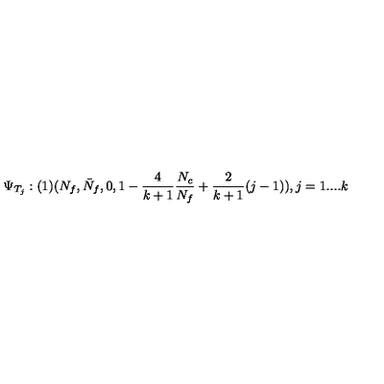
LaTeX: \Psi _ { T _ { j } } : ( 1 ) ( N _ { f } , \bar { N } _ { f } , 0 , 1 - \frac { 4 } { k + 1 } \frac { N _ { c } } { N _ { f } } + \frac { 2 } { k + 1 } ( j - 1 ) ) , j = 1 . . . . k